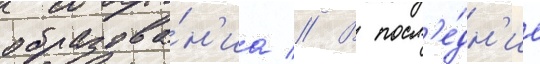
образова́н'иа // В посл'е́дн'ие